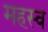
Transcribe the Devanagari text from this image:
महस्व